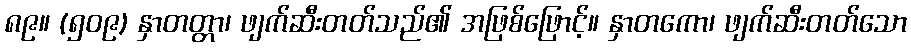
၈၉။ (၅၀၉) နှာတတ္တာ၊ ဖျက်ဆီးတတ်သည်၏ အဖြစ်ဖြောင့်။ နှာတကော၊ ဖျက်ဆီးတတ်သော